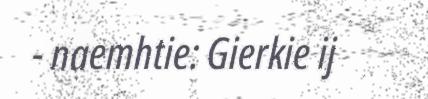
- naemhtie: Gierkie ij